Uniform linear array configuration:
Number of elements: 16
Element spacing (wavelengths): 0.75
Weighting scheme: uniform
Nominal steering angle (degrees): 45
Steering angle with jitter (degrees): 43.248
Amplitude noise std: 0.05
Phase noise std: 0.05

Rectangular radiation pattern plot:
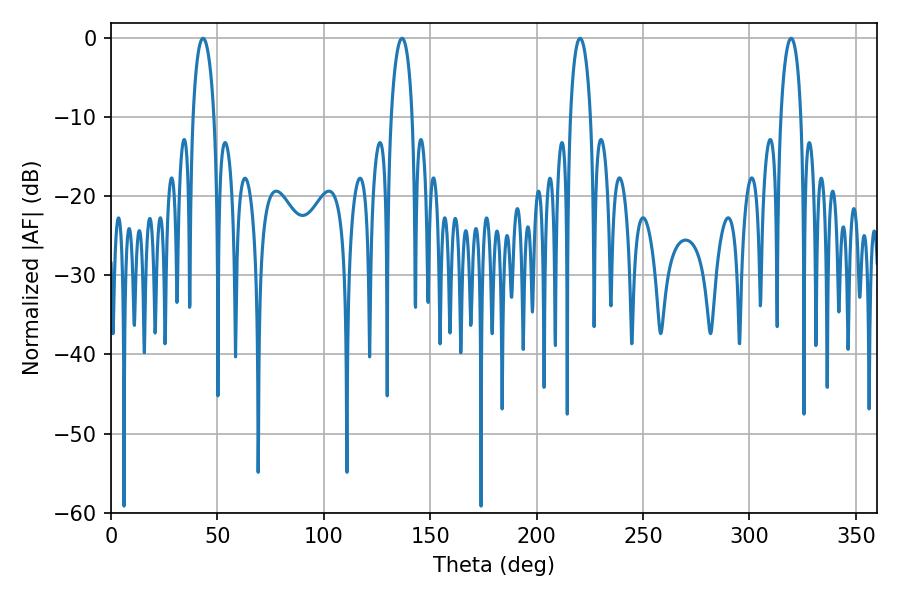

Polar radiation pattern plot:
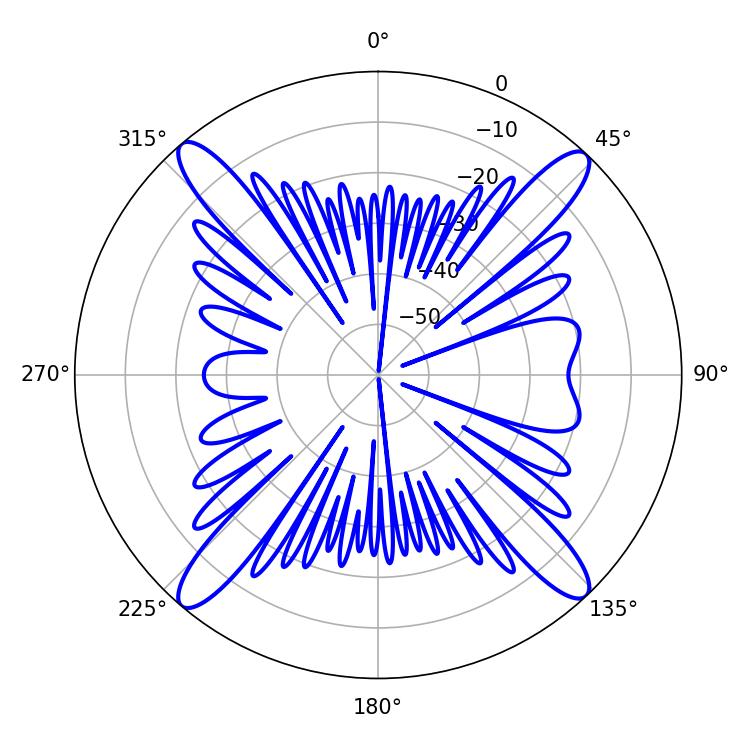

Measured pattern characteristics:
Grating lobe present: TRUE
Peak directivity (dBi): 20.448
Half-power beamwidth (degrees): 5.58
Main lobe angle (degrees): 43.2